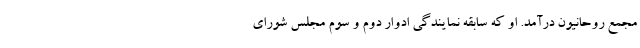
مجمع روحانیون درآمد. او که سابقه نمایندگی ادوار دوم و سوم مجلس شورای